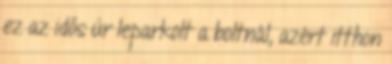
ez az idős úr leparkolt a boltnál, azért itthon